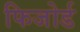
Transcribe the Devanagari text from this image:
फिजोर्ड